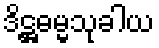
ဒိဋ္ဌဓမ္မသုခါယ